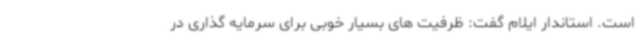
است. استاندار ایلام گفت: ظرفیت های بسیار خوبی برای سرمایه گذاری در